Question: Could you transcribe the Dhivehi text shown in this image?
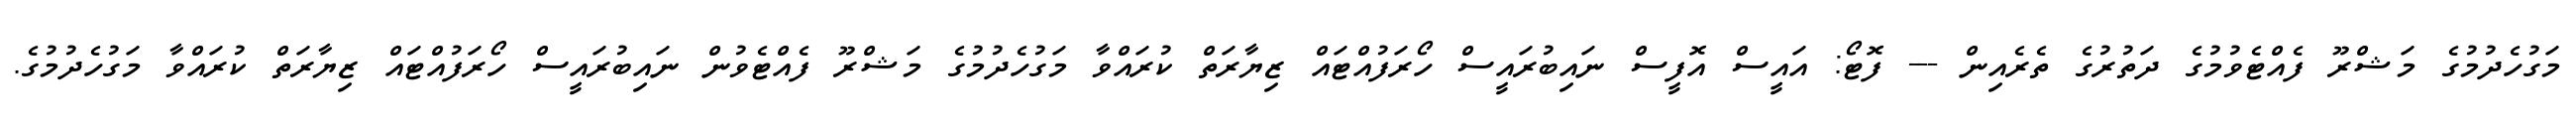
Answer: މަގުހެދުމުގެ މަޝްރޫ ފެއްޓެވުމުގެ ދަތުރުގެ ތެރެއިން --- ފޮޓޯ: އައީސް އޮފީސް ނައިބުރައީސް ހޯރަފުއްޓައް ޒިޔާރަތް ކުރައްވާ މަގުހެދުމުގެ މަޝްރޫ ފެއްޓެވުން ނައިބުރައީސް ހޯރަފުއްޓައް ޒިޔާރަތް ކުރައްވާ މަގުހެދުމުގެ.